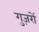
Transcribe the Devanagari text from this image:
गुज़रों